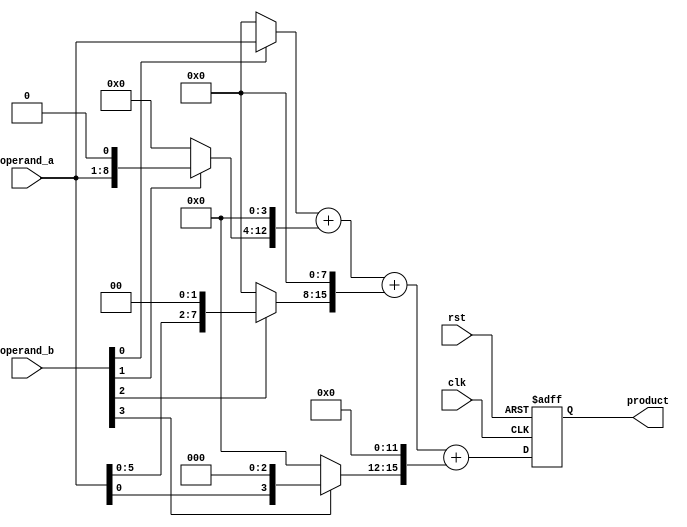
module radix4_multiplier(
  input wire clk,
  input wire rst,
  input wire [7:0] operand_a,
  input wire [7:0] operand_b,
  output reg [15:0] product
);

wire [15:0] pp_0, pp_1, pp_2, pp_3;

// Partial product computation
assign pp_0 = operand_b[0] ? operand_a : 0;
assign pp_1 = operand_b[1] ? operand_a << 1 : 0;
assign pp_2 = operand_b[2] ? operand_a << 2 : 0;
assign pp_3 = operand_b[3] ? operand_a << 3 : 0;

// Adder tree structure
wire [15:0] intermediate_result;
assign intermediate_result = pp_0 + (pp_1 << 4) + (pp_2 << 8) + (pp_3 << 12);

// Final product computation
always @(posedge clk or posedge rst) begin
  if (rst) begin
    product <= 16'b0;
  end else begin
    product <= intermediate_result;
  end
end

endmodule